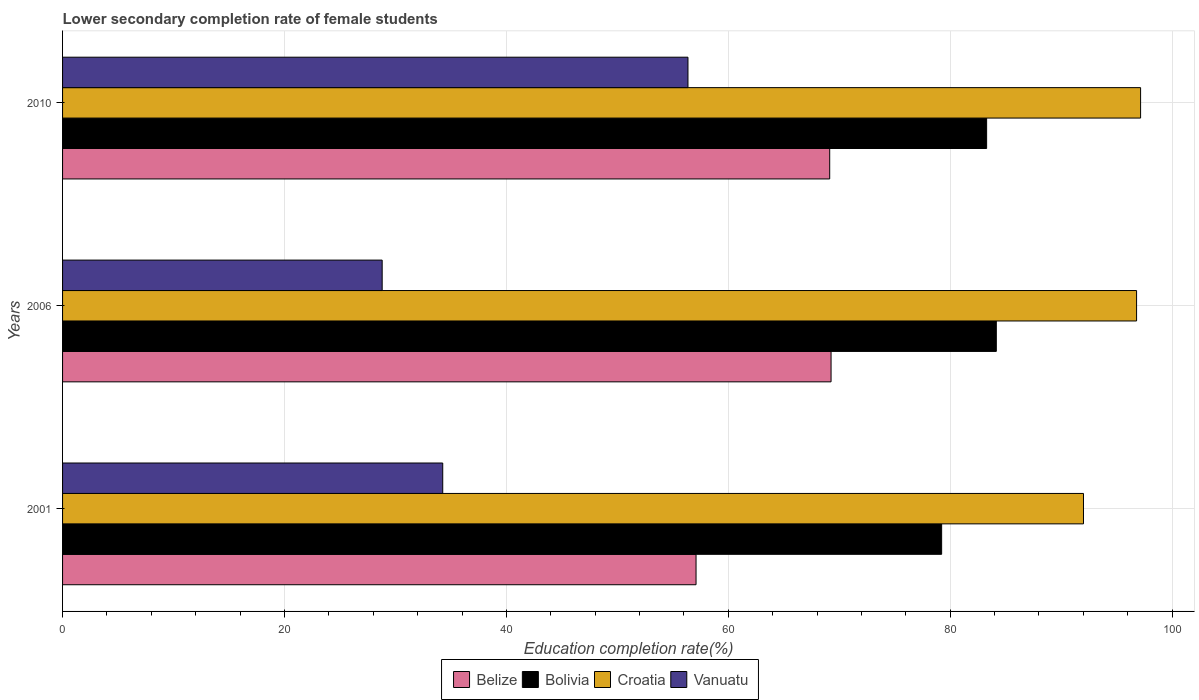
| Years | Belize | Bolivia | Croatia | Vanuatu |
 | --- | --- | --- | --- | --- |
 | 2001 | 57.1 | 79.2 | 92 | 34.3 |
 | 2006 | 69.3 | 84.2 | 96.8 | 28.8 |
 | 2010 | 69.1 | 83.3 | 97.2 | 56.4 |